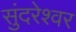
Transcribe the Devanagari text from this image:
सुंदरेश्‍वर